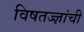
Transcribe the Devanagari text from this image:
विषतज्‍ज्ञांची